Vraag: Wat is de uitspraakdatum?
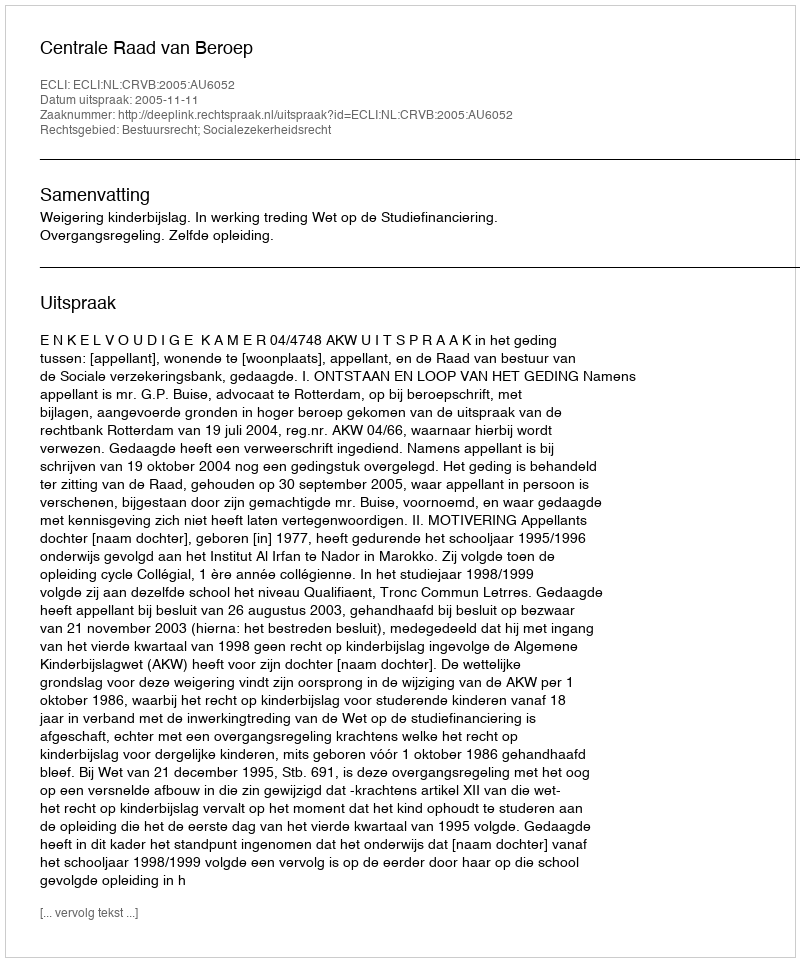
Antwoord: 2005-11-11